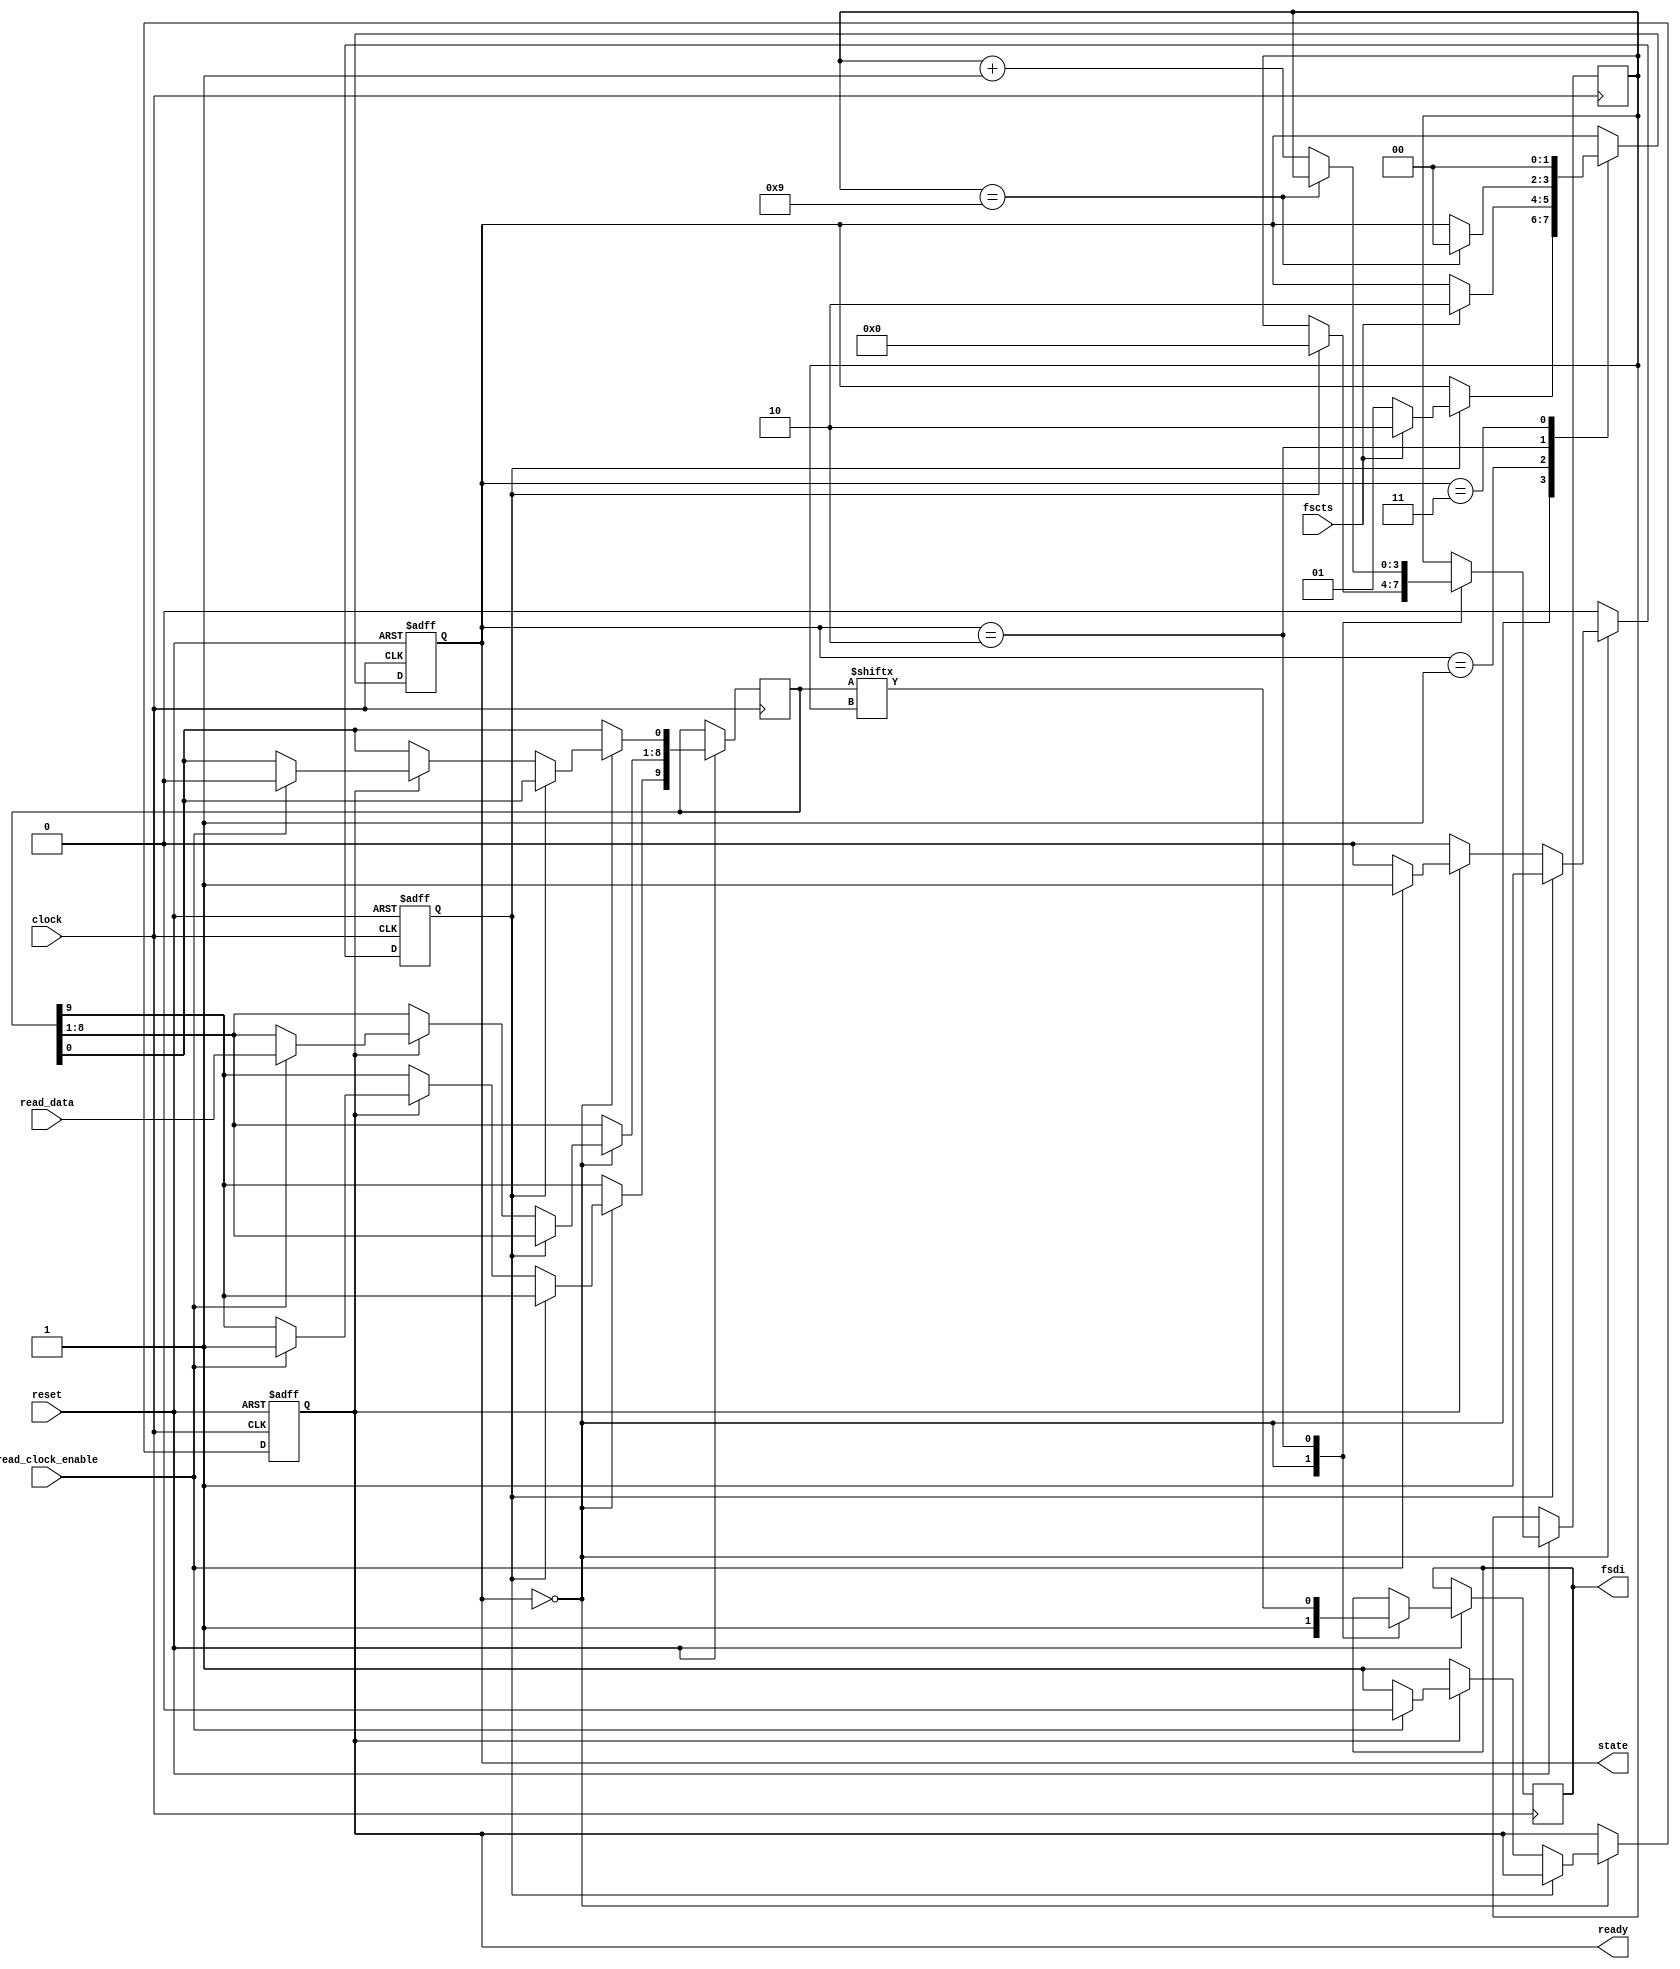
module ftdi
	(
	input clock,
	input [7:0] read_data,
	input read_clock_enable,
	input reset, /* active low */
	input fscts, /* fast serial clear to send */
	output reg ready, /* ready to read new data */
	output reg [1:0] state, /* ready to read new data */
	output reg fsdi);

	reg [9:0] data;

	reg new_data;
	//reg [1:0] state;
	reg [3:0] bit_pos; /* which is the next bit we transmit */

	localparam IDLE = 2'h0, WAIT_CTS = 2'h1, DATA = 2'h2;

	always @(negedge clock or negedge reset) begin
		if (~reset) begin
			ready <= 0;
			new_data <= 0;
		end
		else begin
			if (state == IDLE) begin
				if (~new_data)
					if (~ready)
						ready <= 1;
					else if (read_clock_enable) begin
						/* start bit */
						data[0] <= 0;
						data[8:1] <= read_data;
						/* channel bit */
						data[9] <= 1;
						new_data <= 1;
						ready <= 0;
					end
			end
			else
				new_data <= 0;
		end
	end

	always @(negedge clock or negedge reset) begin
		if (~reset) begin
			state <= IDLE;
		end
		else begin
			case (state)
				IDLE: begin
					fsdi <= 1;
					if (new_data) begin
						bit_pos <= 0;
						if (fscts)
							state <= DATA;
						else
							state <= WAIT_CTS;
					end
				end
				WAIT_CTS: begin
					if (fscts)
						state <= DATA;
				end
				DATA: begin
					fsdi <= data[bit_pos];
					if (bit_pos == 9)
						state <= IDLE;
					else
						bit_pos <= bit_pos + 1;
				end
				// dummy to handle
				2'h3: begin
					state <= IDLE;
				end
			endcase
		end
	end
endmodule